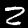
Digit: 2